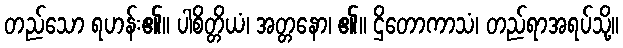
တည်သော ရဟန်း၏။ ပါစိတ္တိယံ၊ အတ္တနော၊ ၏။ ဌိတောကာသံ၊ တည်ရာအရပ်သို့။